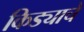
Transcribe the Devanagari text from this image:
किड्याचे